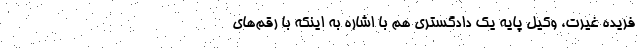
فریده غیرت، وکیل پایه یک دادگستری هم با اشاره به اینکه با رقم‌های